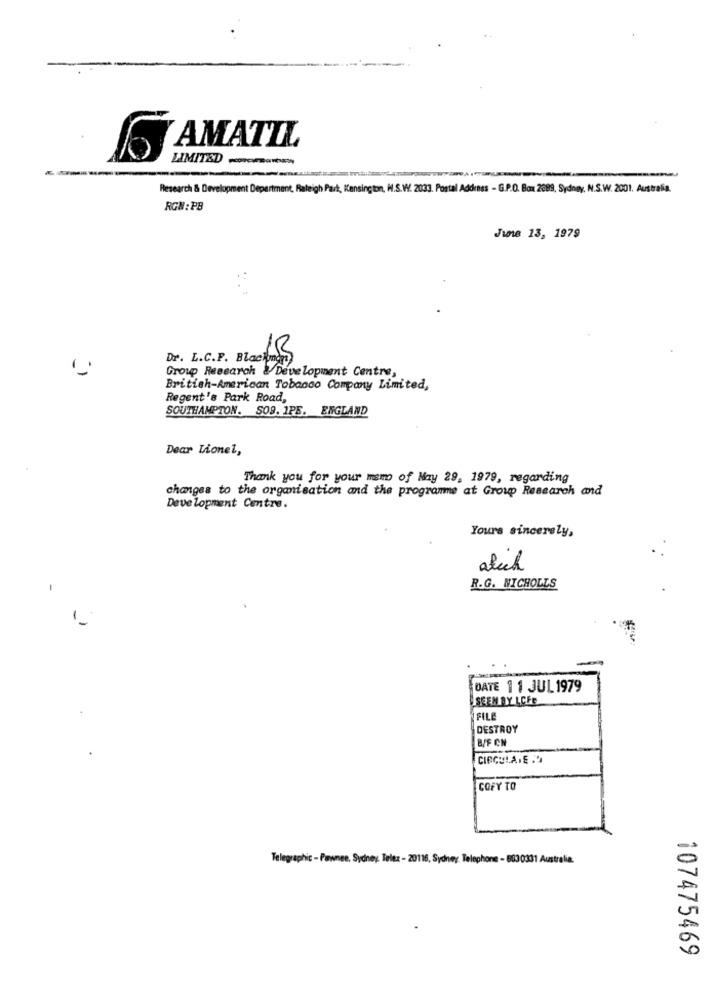
AMATIL
LIMITED ----
----
Research & Development Department, Raleigh Park, Kensington, H.S.W. 2033. Postal Address - G.P.O. Box 2089, Sydney, N.S.W. 2001. Australia.
RGN: PB
June 13, 1979
Dr. L.C.F. Blackman
1B
Group Research & Development Centre,
British-American Tobacco Company Limited,
Regent's Park Road,
SOUTHAMPTON. $09. 1PE. ENGLAND
Dear Lionel,
Thank you for your memo of May 29, 1979, regarding
changes to the organisation and the programme at Group Research and
Development Centre.
Yours sincerely,
atech
1
R.G. NICHOLLS
DATE 11 JUL 1979
SEEM BY LCFC
FILE
DESTROY
B/F CN
CIRCULANE .
COFY TO
Telegraphic - Pawnee, Sydney. Telez - 20116, Sydney Telephone - 8830331 Australia.
107475469